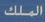
الملك